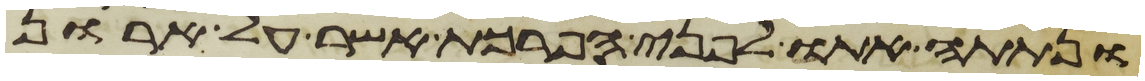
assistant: ונתתה אתו לפני הפרכת אשר על ארון